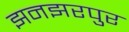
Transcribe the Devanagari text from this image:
झनझरपुर